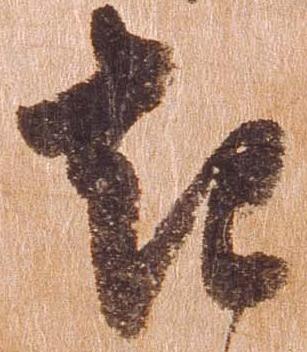
起